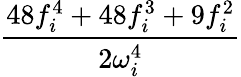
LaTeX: \frac{48f_{i}^{4}+48f_{i}^{3}+9f_{i}^{2}}{2\omega_{i}^{4}}